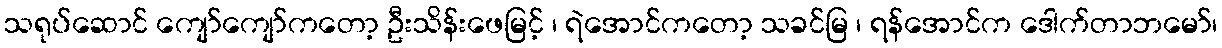
သရုပ်ဆောင် ကျော်ကျော်ကတော့ ဦးသိန်းဖေမြင့် ၊ ရဲအောင်ကတော့ သခင်မြ ၊ ရန်အောင်က ဒေါက်တာဘမော်၊